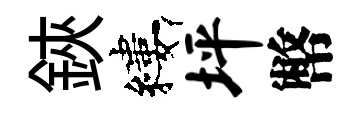
鋏縷坪幣